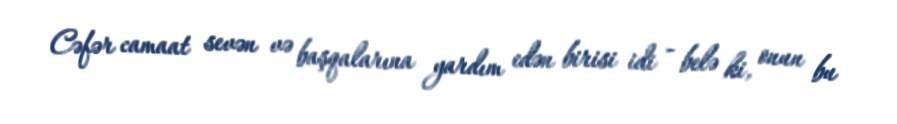
Cəfər camaat sevən və başqalarına yardım edən birisi idi - belə ki, onun bu